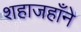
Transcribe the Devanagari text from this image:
शहाजहाँने